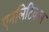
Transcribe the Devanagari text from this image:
एनलिटिकल